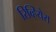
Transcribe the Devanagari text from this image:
रिव्हियेरा